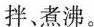
拌、煮沸。